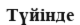
Түйінде